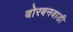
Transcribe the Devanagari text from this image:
बोरबनवाडी